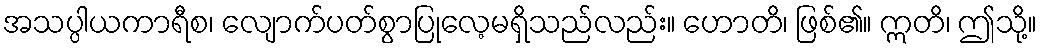
အသပ္ပါယကာရီစ၊ လျောက်ပတ်စွာပြုလေ့မရှိသည်လည်း။ ဟောတိ၊ ဖြစ်၏။ ဣတိ၊ ဤသို့။